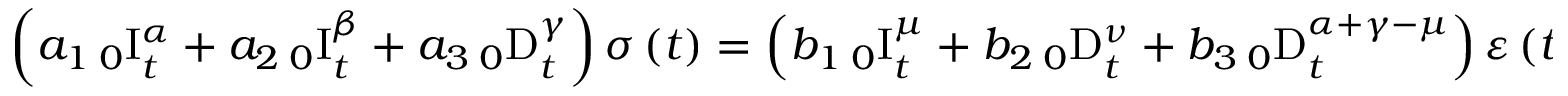
\left( a _ { 1 } \, _ { 0 } \mathrm { I } _ { t } ^ { \alpha } + a _ { 2 } \, _ { 0 } \mathrm { I } _ { t } ^ { \beta } + a _ { 3 } \, _ { 0 } \mathrm { D } _ { t } ^ { \gamma } \right) \sigma \left( t \right) = \left( b _ { 1 } \, _ { 0 } \mathrm { I } _ { t } ^ { \mu } + b _ { 2 } \, _ { 0 } \mathrm { D } _ { t } ^ { \nu } + b _ { 3 } \, _ { 0 } \mathrm { D } _ { t } ^ { \alpha + \gamma - \mu } \right) \varepsilon \left( t \right) ,